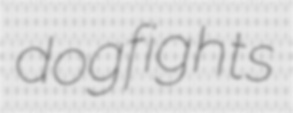
dogfights